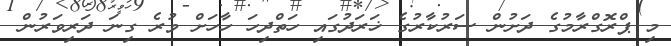
މި ޕްރޮގްރާމުގެ ދަށުން ސަރުކާރުގެ ޚަރަދުގައި ހަތްދިހަ ހާހަށް ވުރެ ގިނަ ދަރިވަރުން